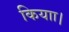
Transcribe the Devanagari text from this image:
कियाा।